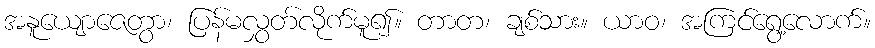
အနူယျောဇေတွာ၊ ပြန်မလွှတ်လိုက်မူ၍။ တာတ၊ ချစ်သား။ ယာဝ၊ အကြင်ရွေ့လောက်။